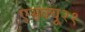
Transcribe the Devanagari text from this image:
एसक्यू२१